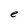
Character: e